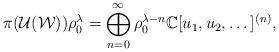
LaTeX: \begin{gather*}\pi(\mathcal U(\mathcal W))\rho_0^{\lambda}=\bigoplus_{n=0}^{\infty}\rho_0^{\lambda-n}\mathbb C[u_1,u_2,\dots]^{(n)},\end{gather*}